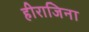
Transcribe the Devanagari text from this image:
हीराजिना